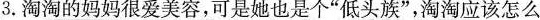
3.淘淘的妈妈很爱美容，可是她也是个”低头族”，淘淘应该怎么